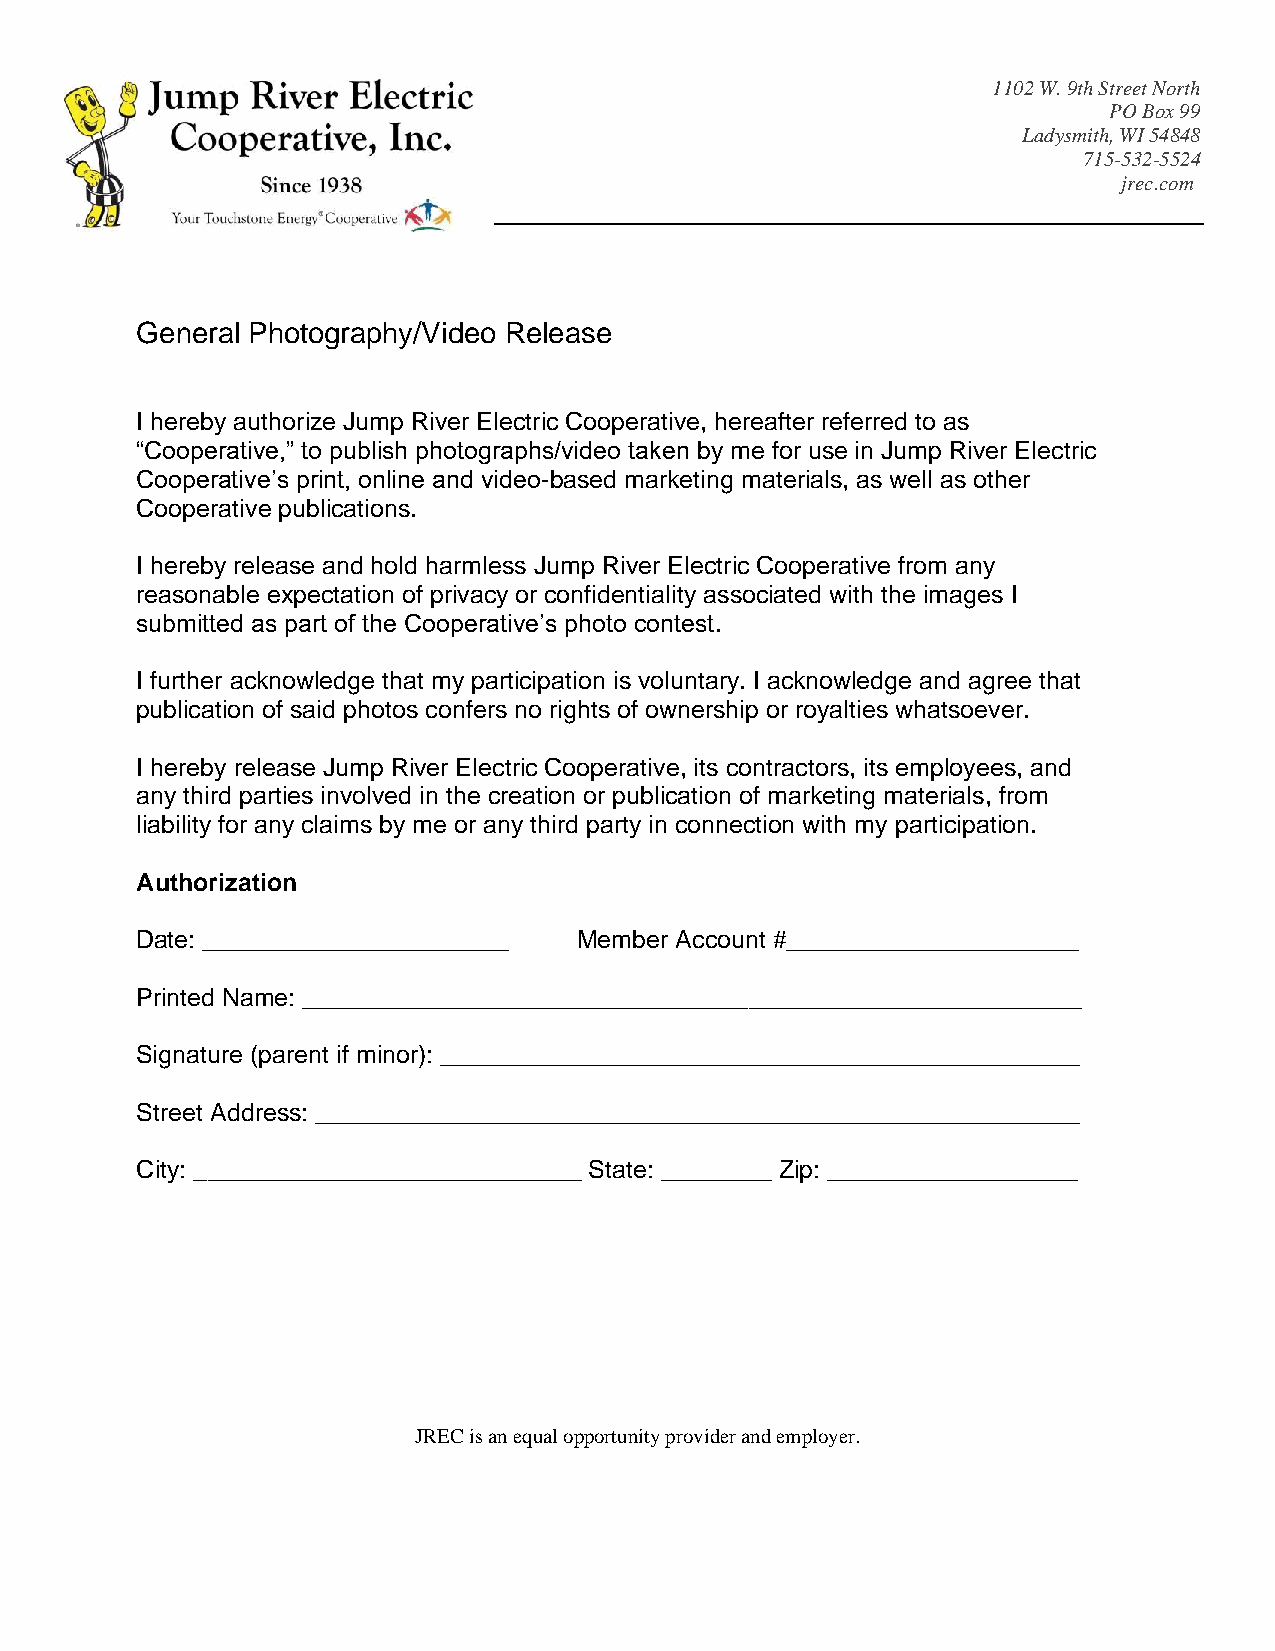
1102 W. 9th Street North
 PO Box 99
 Ladysmith, WI 54848
 715-532-5524
 jrec.com
 General Photography/Video Release
 I hereby authorize Jump River Electric Cooperative, hereafter referred to as
 “Cooperative,” to publish photographs/video taken by me for use in Jump River Electric
 Cooperative’s print, online and video-based marketing materials, as well as other
 Cooperative publications.
 I hereby release and hold harmless Jump River Electric Cooperative from any
 reasonable expectation of privacy or confidentiality associated with the images I
 submitted as part of the Cooperative’s photo contest.
 I further acknowledge that my participation is voluntary. I acknowledge and agree that
 publication of said photos confers no rights of ownership or royalties whatsoever.
 I hereby release Jump River Electric Cooperative, its contractors, its employees, and
 any third parties involved in the creation or publication of marketing materials, from
 liability for any claims by me or any third party in connection with my participation.
 Authorization
 Date: ______________________ Member Account #_____________________
 Printed Name: ________________________________________________________
 Signature (parent if minor): ______________________________________________
 Street Address: _______________________________________________________
 City: ____________________________ State: ________ Zip: __________________
 JREC is an equal opportunity provider and employer.